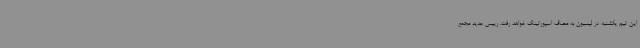
این تیم یکشنبه در لیسبون به مصاف اسپورتینگ خواهد رفت. رییس جدید مجمع